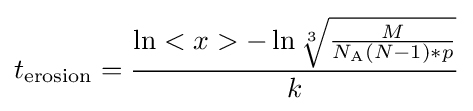
t_{\text{erosion}}={\frac {\ln <x>-\ln {\sqrt[{3}]{M \over N_{\text{A}}(N-1)*p}}}{k}}